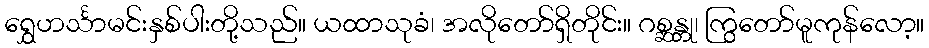
ရွှေဟင်္သာမင်းနှစ်ပါးတို့သည်။ ယထာသုခံ၊ အလိုတော်ရှိတိုင်း။ ဂစ္ဆန္တု၊ ကြွတော်မူကုန်လော့။